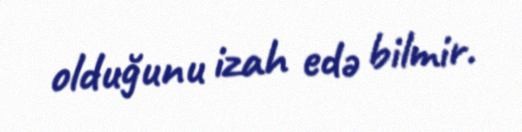
olduğunu izah edə bilmir.